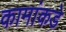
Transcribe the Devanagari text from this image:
कामांकडे